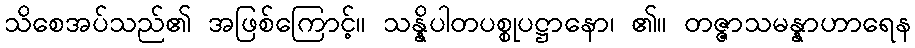
သိစေအပ်သည်၏ အဖြစ်ကြောင့်။ သန္နိပါတပစ္စုပဋ္ဌာနော၊ ၏။ တဇ္ဇာသမန္နာဟာရေန